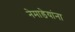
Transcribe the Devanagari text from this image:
नेमाडेयांना